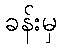
ခန်းမှ